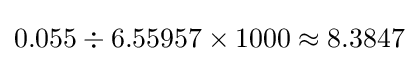
0.055\div 6.55957\times 1000\approx 8.3847